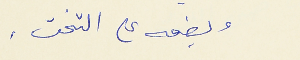
ويضعه على التخت .